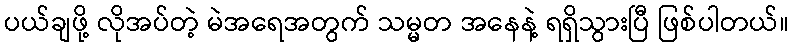
ပယ်ချဖို့ လိုအပ်တဲ့ မဲအရေအတွက် သမ္မတ အနေနဲ့ ရရှိသွားပြီ ဖြစ်ပါတယ်။